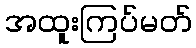
အထူးကြပ်မတ်